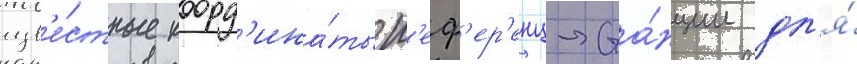
изв'е́стные коорд'ина́ты р'еф'ер'енц-ста́нции дл'я́